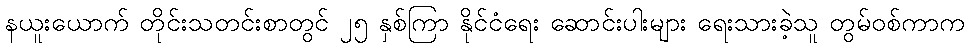
နယူးယောက် တိုင်းသတင်းစာတွင် ၂၅ နှစ်ကြာ နိုင်ငံရေး ဆောင်းပါးများ ရေးသားခဲ့သူ တွမ်ဝစ်ကာက